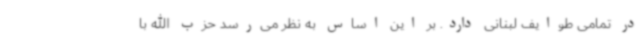
در تمامی طوایف لبنانی دارد. بر این اساس به نظر می‌رسد حزب الله با